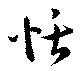
恬